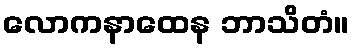
လောကနာထေန ဘာသိတံ။